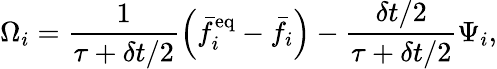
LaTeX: \Omega_{i}=\frac{1}{\tau+\delta t/2}\left(\bar{f}_{i}^{\mathrm{eq}}-\bar{f}_{i}\right)-\frac{\delta t/2}{\tau+\delta t/2}\Psi_{i},